Plague in India, 1896, 1897 - Volume 2
Year: 1896
Disease focus: Plague
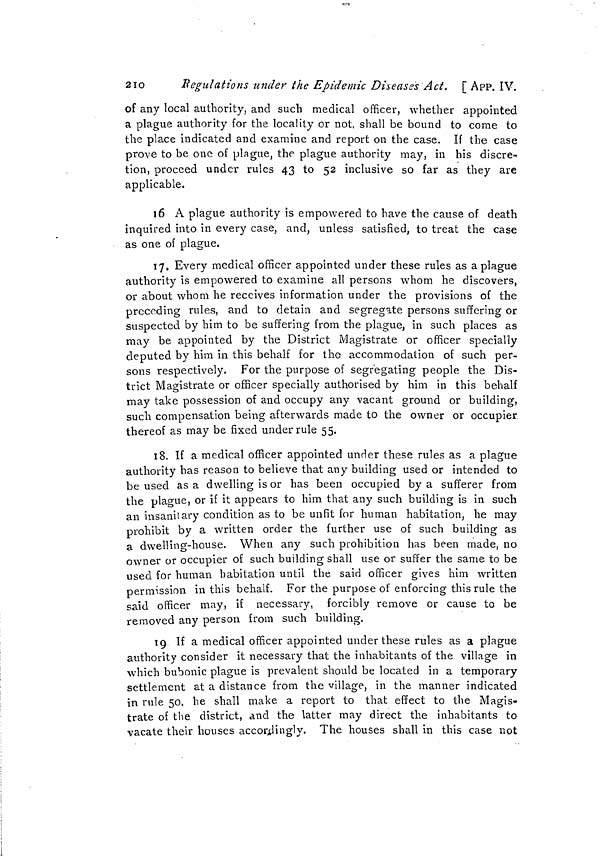
253
App. IX, ]
spread of infection by sea.
No. 65.
No. 777, dated Bombay Castle, the 12th February 1897.
From—J. DEC. ATKINS, Esq., Secretary to the Government of Bombay,
General Department,
To—The Secretary to the Government of India, Home Department.
I. Standard quarantine rules,
2
Standard quarantine rules with
modifications of rule III (in ink).
3. Report by the Remembrancer
of Legal Affairs.
4. Report by the Advocate
General.
I am directed to forward herewith copies of the papers mentioned
in the margin and to solicit instruc-
tions as to whether any, and if so.
what, changes should be made in the
standard quarantine rules as sanction-
ed for Aden, with a view to providing
for the change introduced by Notifi-
cation No, 583, dated 3rd February 1897.
2. On the one hand it is desirable to make quarantine rigorous
with a view to preventing the importation of plague into Aden, and
also to preventing quarantine against Aden being imposed by foreign
countries. On the other hand it is difficult and perhaps undesirable
to interfere with ships using Aden as a port of call unless they land
or tranship passengers at Aden or desire to have any intercourse with
the shore.
3. If in Rule III, paragraph (i), of the standard rules the words
"quarantine shall be dispensed with and pratique granted " are
retained, certain difficulties arise. In the first place the new rule,
which must be introduced to provide against the landing of passengers,
is pro tanto a contradiction of this rule. In the next place it is not
intended that quarantine of any kind shall be dispensed with or that
any kind of pratique shall be granted, except in the event of a vessel
having left Bombay ten days previously : and hence the retention of
these words, notwithstanding the modification proposed by the
Remembrancer of Legal Affairs, might in practice give rise to miscon-
ception and lead foreign countries to think that the quarantine
arrangements at Aden were less rigorous than is intended and than
is actually the case.
4. If on the other hand rule III, paragraph (i), is, modified as
shown in ink in draft 2, special provision. must be made for ships
using Aden as a mere port of call. It is not intended to detain these
ships against the wishes of their Commanders, but it is desirable to
provide, until ten days have elapsed since their departure from Bom-
bay, that they shall have no intercourse with- the shore and no inter-
course with other ships except at places appointed for, the purpose
and subject to regulations for placing those ships in quarantine.
5. Rule IV appears to require modification for- the purpose of
providing for the cases of ships using Aden as merely a port of call
* Not printed.